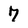
Character: 7